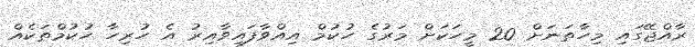
ރާއްޖޭގައި މިހާތަނަށް 20 މީހަކަށް މަރުގެ ހުކުމް އިއްވާފައިވާއިރު އެ ހުރިހާ ހުކުމްތަކެއް